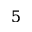
5